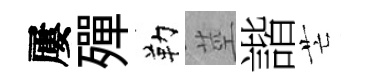
屢殫勒莖諧芒